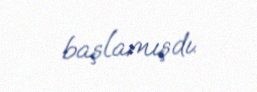
başlamışdı.